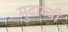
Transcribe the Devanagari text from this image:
मुदाम्बी